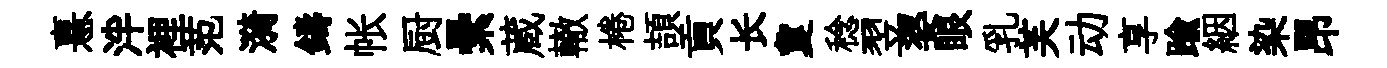
憙泮裡范漪鑄帐厨纍蔵轍棬頡貢长夐稔翌婆眼乳芙动享踰絪染昂